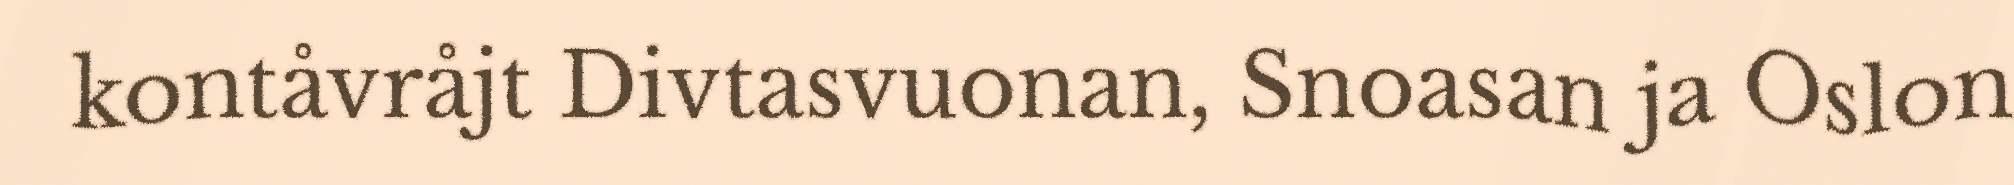
kontåvråjt Divtasvuonan, Snoasan ja Oslon